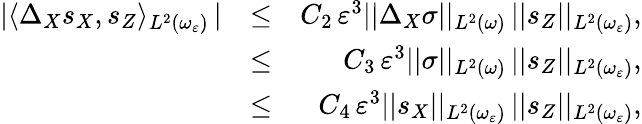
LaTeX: \begin{array}{rlr}{\vert\langle\Delta_{X}s_{X},s_{Z}\rangle_{L^{2}(\omega_{\varepsilon})}\, \vert}&{\leq}&{C_{2}\, \varepsilon^{3}\vert\vert\Delta_{X}\sigma\vert\vert_{L^{2}(\omega)}\, \vert\vert s_{Z}\vert\vert_{L^{2}(\omega_{\varepsilon})},}\\ &{\leq}&{C_{3}\, \varepsilon^{3}\vert\vert\sigma\vert\vert_{L^{2}(\omega)}\, \vert\vert s_{Z}\vert\vert_{L^{2}(\omega_{\varepsilon})},}\\ &{\leq}&{C_{4}\, \varepsilon^{3}\vert\vert s_{X}\vert\vert_{L^{2}(\omega_{\varepsilon})}\, \vert\vert s_{Z}\vert\vert_{L^{2}(\omega_{\varepsilon})},}\end{array}